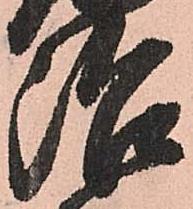
治